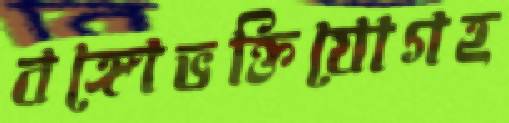
বঙ্গোভক্তিযোগহ